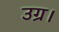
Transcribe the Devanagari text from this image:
उग्र।